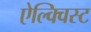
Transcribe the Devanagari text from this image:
ऐल्क्विस्ट